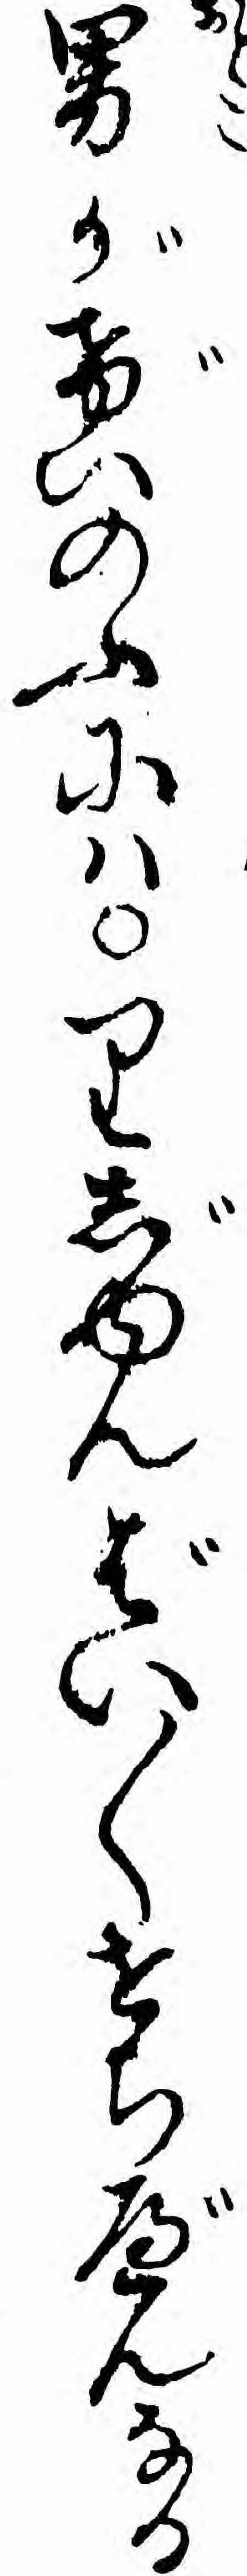
男がげいのふにハりじゆんばい〱せちべんなる